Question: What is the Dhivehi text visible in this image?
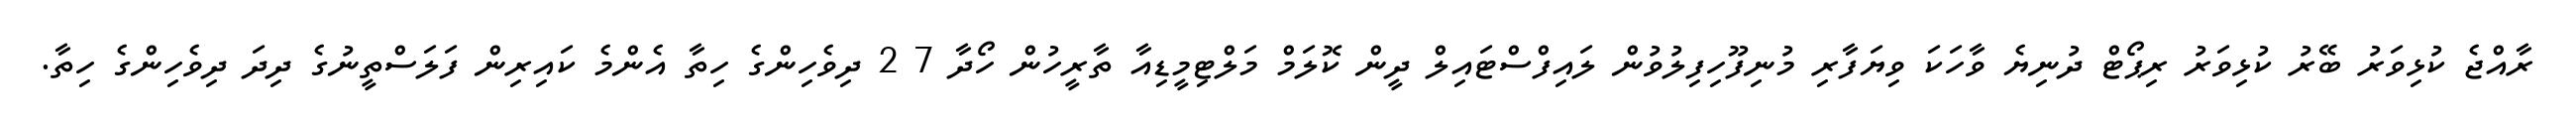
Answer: ރާއްޖެ ކުޅިވަރު ބޭރު ކުޅިވަރު ރިޕޯޓް ދުނިޔެ ވާހަކަ ވިޔަފާރި މުނިފޫހިފިލުވުން ލައިފްސްޓައިލް ދީން ކޮލަމް މަލްޓިމީޑިއާ ތާރީހުން ހޯދާ 7 2 ދިވެހިންގެ ހިތާ އެންމެ ކައިރިން ފަލަސްތީނުގެ ދިދަ ދިވެހިންގެ ހިތާ.